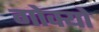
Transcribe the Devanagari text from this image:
गोक्यो